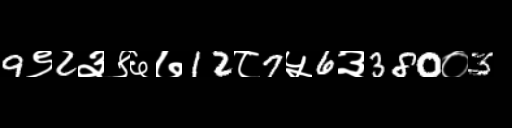
Text: 9९2३९६७12८7५6३380०3